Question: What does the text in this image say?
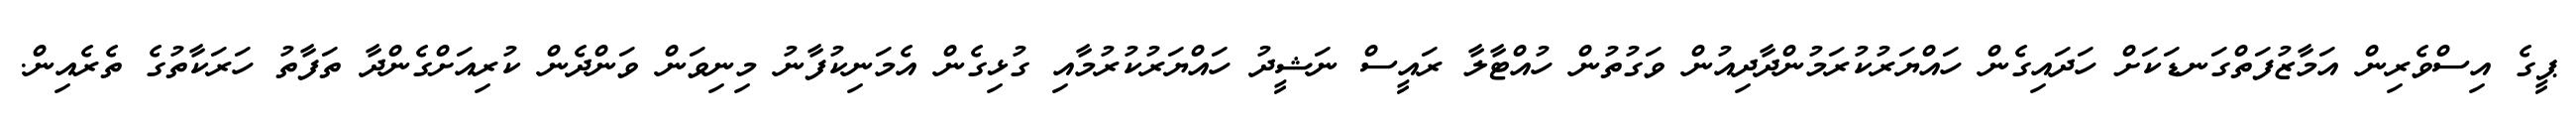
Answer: ޕީގެ އިސްވެރިން އަމާޒުފަތްގަނޑަކަށް ހަދައިގެން ހައްޔަރުކުރަމުންދާދިއުން ވަގުތުން ހުއްޓާލާ ރައީސް ނަޝީދު ހައްޔަރުކުރުމާއި ގުޅިގެން އެމަނިކުފާނު މިނިވަން ވަންދެން ކުރިއަށްގެންދާ ތަފާތު ހަރަކާތުގެ ތެރެއިން.